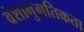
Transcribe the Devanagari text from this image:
वंशानुगतिकता